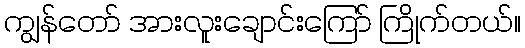
ကျွန်တော် အားလူးချောင်းကြော် ကြိုက်တယ်။